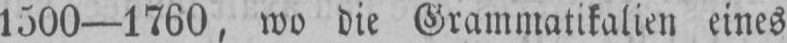
1500-1760, wo die Grammatikalien eines